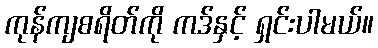
ကုန်ကျစရိတ်ကို ကဒ်နှင့် ရှင်းပါမယ်။